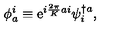
\phi _ { a } ^ { i } \equiv \mathrm { e } ^ { i { \frac { 2 \pi } { K } } a i } \psi _ { i } ^ { \dagger a } ,